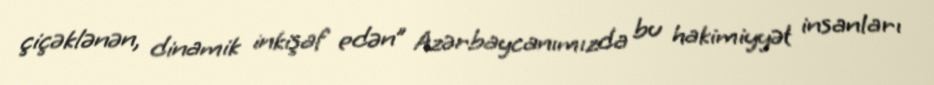
çiçəklənən, dinamik inkişaf edən” Azərbaycanımızda bu hakimiyyət insanları